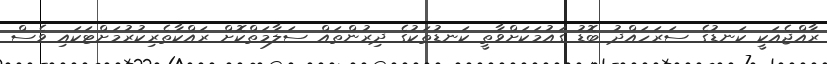
ރާއްޖެއަކީ ކަނޑުގެ ސަރަހައްދު ބޮޑު ގައުމަކަށްވާތީ ކަނޑުތަކުގެ ދިރުންތައް ސަލާމަތްކޮށް ރައްކާތެރިކުރުމަށްޓަކައި ވެސް